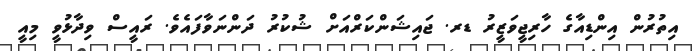
އިތުރުން އިންޑިއާގެ ހާރިޖީވަޒީރު ޑރ. ޖައިޝަންކަރްއަށް ޝުކުރު ދަންނަވާފައެވެ. ރައީސް ވިދާޅުވީ މިއީ